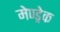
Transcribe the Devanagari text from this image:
मेण्ड्रेक